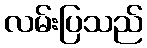
လမ်းပြသည်